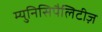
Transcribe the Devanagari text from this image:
म्युनिसिपैलिटीज़